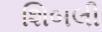
શિબલી